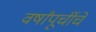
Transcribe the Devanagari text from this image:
वर्षांपूर्चीचे